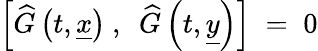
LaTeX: \left[\widehat{G}\left(t,\underline{{{x}}}\right)~,~~\widehat{G}\left(t,\underline{{{y}}}\right)\right]\; =\; 0